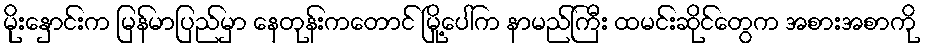
မိုးနှောင်းက မြန်မာပြည်မှာ နေတုန်းကတောင် မြို့ပေါ်က နာမည်ကြီး ထမင်းဆိုင်တွေက အစားအစာကို